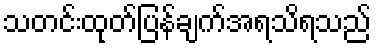
သတင်းထုတ်ပြန်ချက်အရသိရသည်